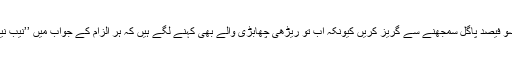
عوام کو بیوقوف تو ضرور سمجھیں لیکن انہیں سو فیصد پاگل سمجھنے سے گریز کریں کیونکہ اب تو ریڑھی چھابڑی والے بھی کہنے لگے ہیں کہ ہر الزام کے جواب میں ’’نیب نیازی گٹھ جوڑ‘‘ کی گردان تو کوئی جواب نہیں ۔